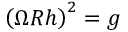
\left( \Omega { \cal R } h \right) ^ { 2 } = g